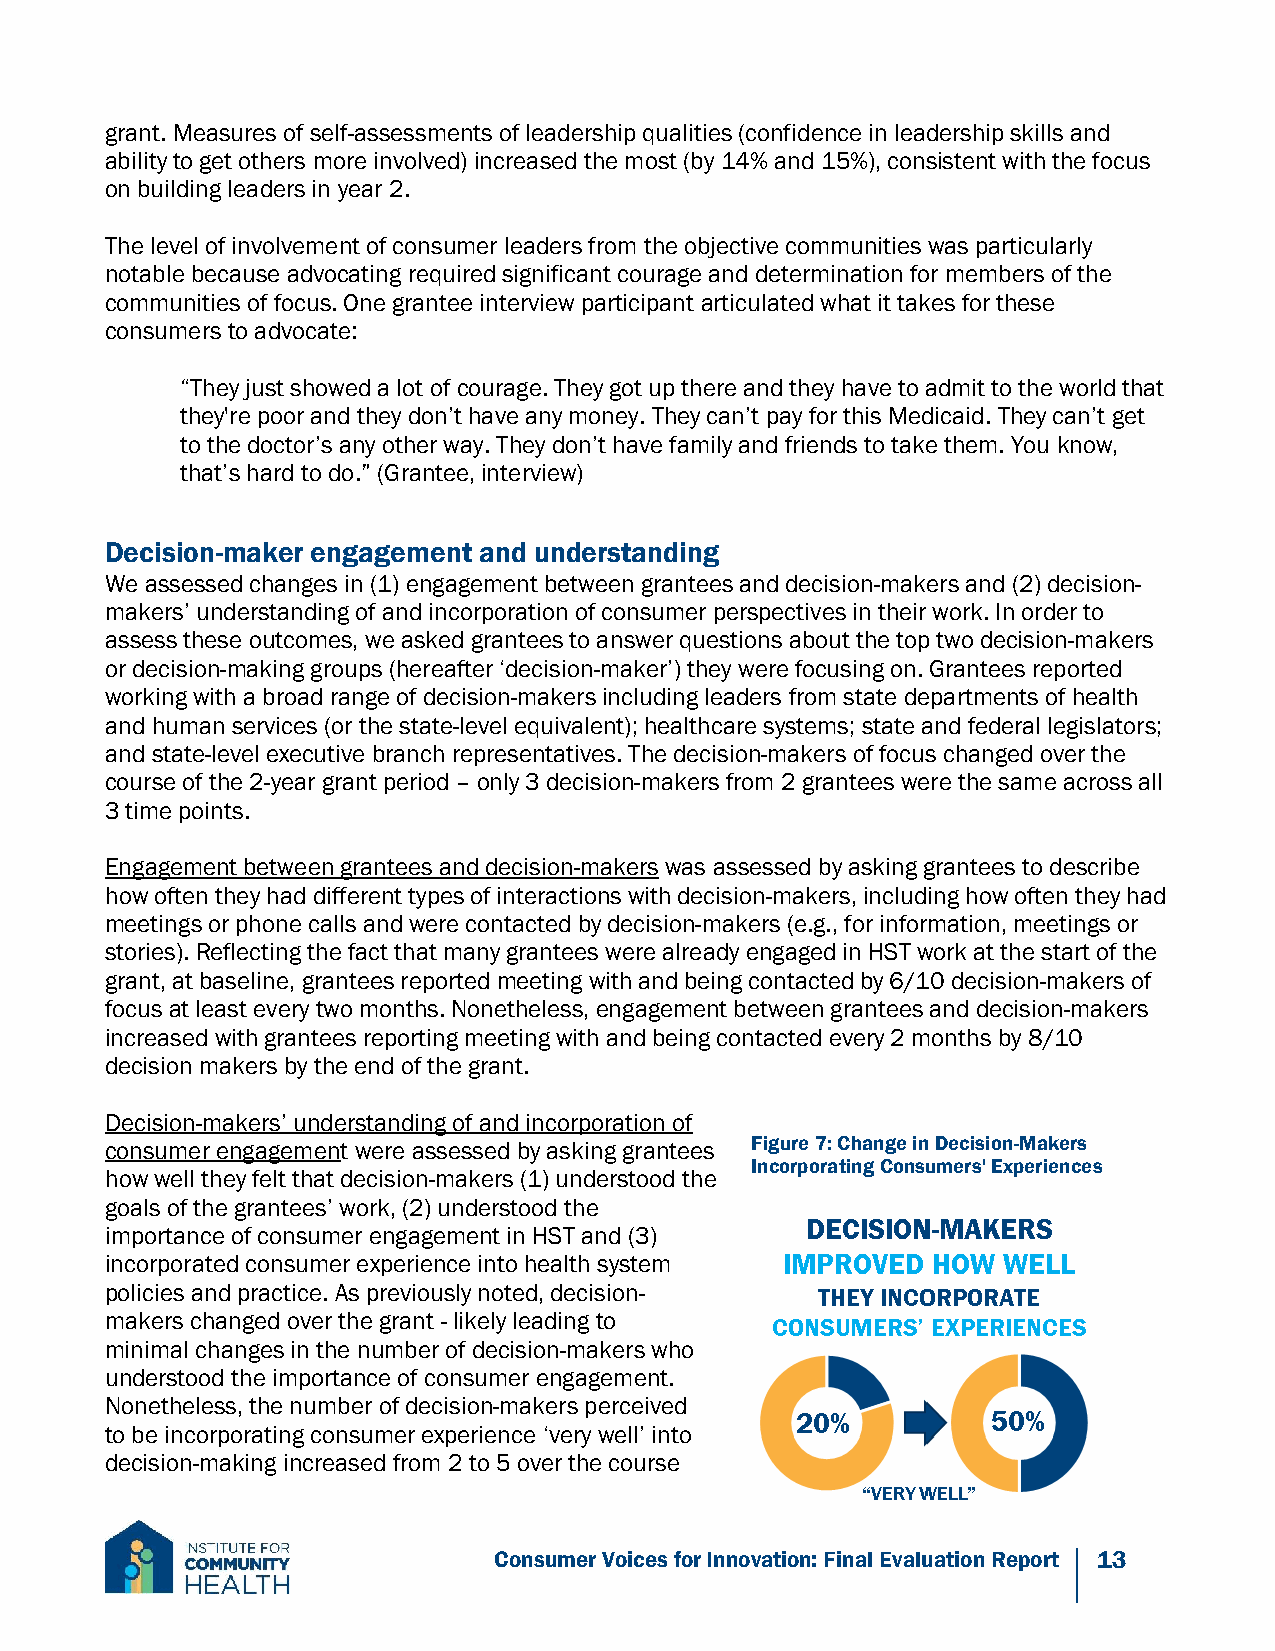
grant. Measures of self-assessments of leadership qualities (confidence in leadership skills and
 ability to get others more involved) increased the most (by 14% and 15%), consistent with the focus
 on building leaders in year 2.
 The level of involvement of consumer leaders from the objective communities was particularly
 notable because advocating required significant courage and determination for members of the
 communities of focus. One grantee interview participant articulated what it takes for these
 consumers to advocate:
 “They just showed a lot of courage. They got up there and they have to admit to the world that
 they're poor and they don’t have any money. They can’t pay for this Medicaid. They can’t get
 to the doctor’s any other way. They don’t have family and friends to take them. You know,
 that’s hard to do.” (Grantee, interview)
 Decision-maker engagement and understanding
 We assessed changes in (1) engagement between grantees and decision-makers and (2) decision-
 makers’ understanding of and incorporation of consumer perspectives in their work. In order to
 assess these outcomes, we asked grantees to answer questions about the top two decision-makers
 or decision-making groups (hereafter ‘decision-maker’) they were focusing on. Grantees reported
 working with a broad range of decision-makers including leaders from state departments of health
 and human services (or the state-level equivalent); healthcare systems; state and federal legislators;
 and state-level executive branch representatives. The decision-makers of focus changed over the
 course of the 2-year grant period – only 3 decision-makers from 2 grantees were the same across all
 3 time points.
 Engagement between grantees and decision-makers was assessed by asking grantees to describe
 how often they had different types of interactions with decision-makers, including how often they had
 meetings or phone calls and were contacted by decision-makers (e.g., for information, meetings or
 stories). Reflecting the fact that many grantees were already engaged in HST work at the start of the
 grant, at baseline, grantees reported meeting with and being contacted by 6/10 decision-makers of
 focus at least every two months. Nonetheless, engagement between grantees and decision-makers
 increased with grantees reporting meeting with and being contacted every 2 months by 8/10
 decision makers by the end of the grant.
 Decision-makers’ understanding of and incorporation of
 consumer engagement were assessed by asking grantees Figure 7: Change in Decision-Makers
 Incorporating Consumers' Experiences
 how well they felt that decision-makers (1) understood the
 goals of the grantees’ work, (2) understood the
 importance of consumer engagement in HST and (3)
 incorporated consumer experience into health system
 policies and practice. As previously noted, decision-
 makers changed over the grant - likely leading to
 minimal changes in the number of decision-makers who
 understood the importance of consumer engagement.
 Nonetheless, the number of decision-makers perceived
 to be incorporating consumer experience ‘very well’ into
 decision-making increased from 2 to 5 over the course
 Consumer Voices for Innovation: Final Evaluation Report 13